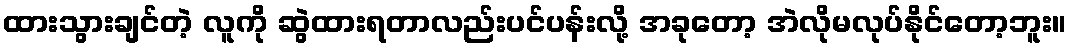
ထားသွားချင်တဲ့ လူကို ဆွဲထားရတာလည်းပင်ပန်းလို့ အခုတော့ အဲလိုမလုပ်နိုင်တော့ဘူး။